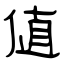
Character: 値